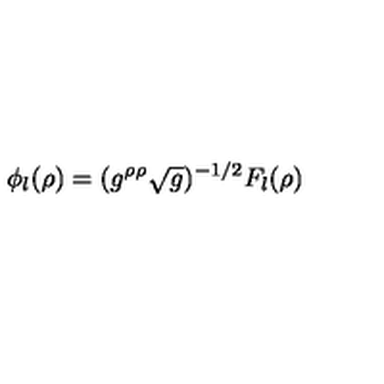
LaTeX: \phi _ { l } ( \rho ) = ( g ^ { \rho \rho } \sqrt { g } ) ^ { - 1 / 2 } F _ { l } ( \rho )